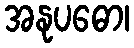
အနုပဓော၊